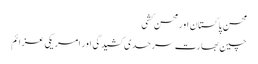
محسن ِ پاکستان اور محسن کشی
چین بھارت سرحدی کشیدگی اور امریکی عزائم